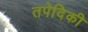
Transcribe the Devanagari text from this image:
तपेदिकी